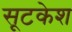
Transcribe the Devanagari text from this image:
सूटकेश